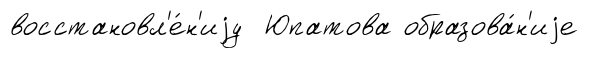
восстановл'е́н'иjу Юпатова образова́н'иjе